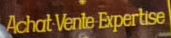
Achat Vente Expertise